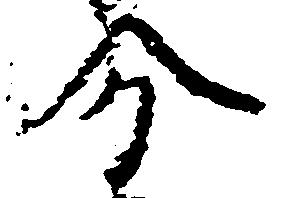
分